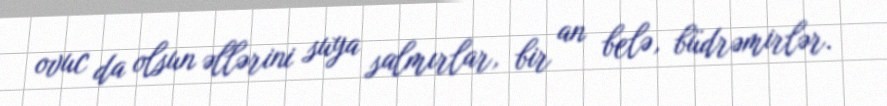
ovuc da olsun əllərini suya salmırlar, bir an belə, büdrəmirlər.